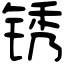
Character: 锈